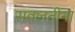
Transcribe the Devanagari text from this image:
सवलतींना